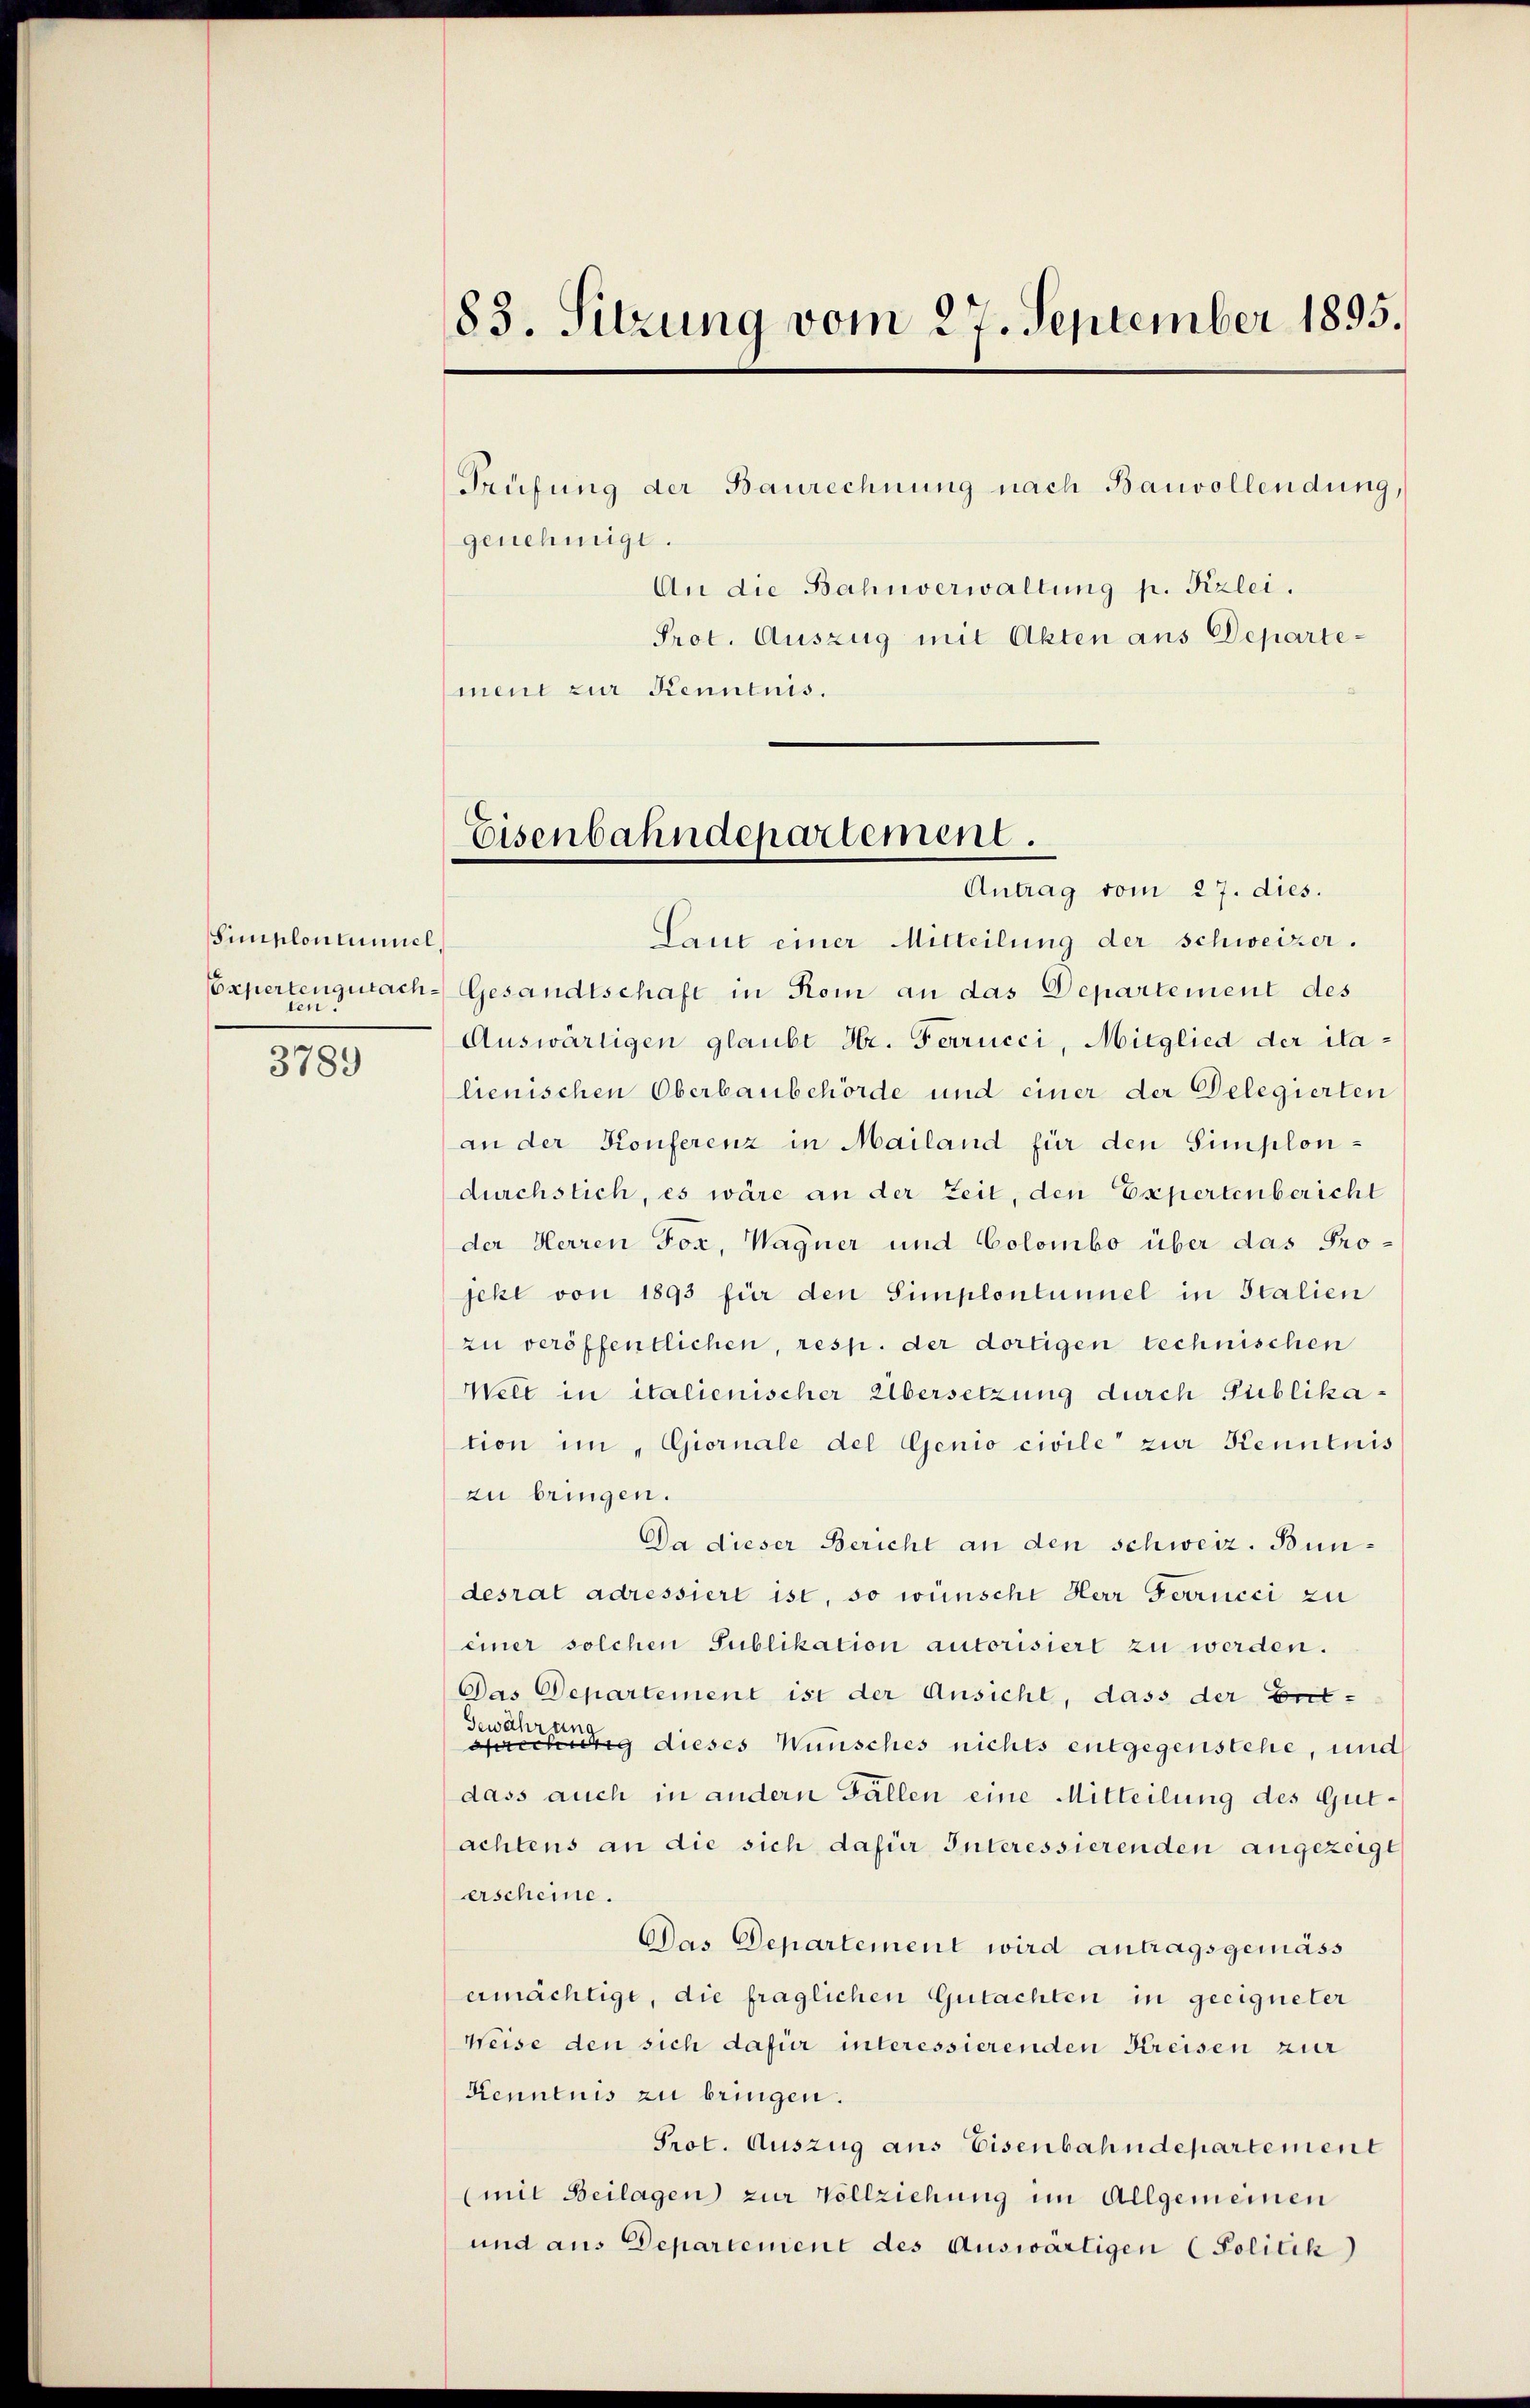
Simplontinuel,
ten.

3789

83. Sitzung vom 27. September 1895.
Prüfung der Baurechnung nach Bauvollendung,
genehmigt.
An die Bahnverwaltung p. Kzlei.
Prot. Auszug mit Akten aus Departement zur Kenntnis.

Eisenbahndepartement.

Antrag vom 27. dies.
Laut einer Mitteilung der schweizer.
Expertengutache Gesandtschaft in Rom an das Departement des
Auswärtigen glaubt Hr. Ferrucci, Mitglied der ilalienischen Oberlaubehörde und einer der Delegierten
an der Konferenz in Mailand für den Simplondurchstich, es wäre an der Zeit, den Expertenbericht
der Herren Fox, Wagner und Colombo über das Projekt von 1893 für den Simplontinuel in Italien
zu veröffentlichen, resp. der dortigen technischen
Welt in italienischer Übersetzung durch Publikation im „Giornale del Genio civile zur Kenntnis
zu bringen.
Da dieser Bericht an den schweiz. Bundesrat adressiert ist, so wünsche Herr Ferrucci zu
einer solchen Publikation autorisiert zu werden.
Das Departement ist der Ansicht, dass der Entven
den
sprechtig dieses Wünsches nichts entgegenstehe, und
dass auch in andern Fällen eine Mitteilung des Gutachtens an die sich dafür Interessierenden angezeigt
erscheine.
Das Departement wird antragsgemäss
ermächtige, die fraglichen Gutachten in geeigneter
Weise den sich dafür interessierenden Kreisen zur
Kenntnis zu bringen.
Prot. Auszug aus Eisenbahndepartement
(mit Beilagen zur Vollziehung im Allgemeinen
und aus Departement des Auswärtigen (Politik